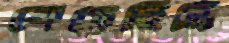
খেয়েছিলি